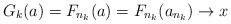
LaTeX: \begin{align*}G_k(a) = F_{n_k}(a)=F_{n_k}(a_{n_k})\to x\end{align*}